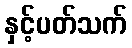
နှင့်ပတ်သက်